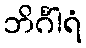
ဘိင်္ဂါရံ